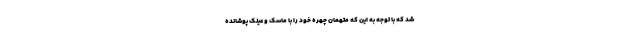
شد که با توجه به این که متهمان چهره خود را با ماسک و عینک پوشانده